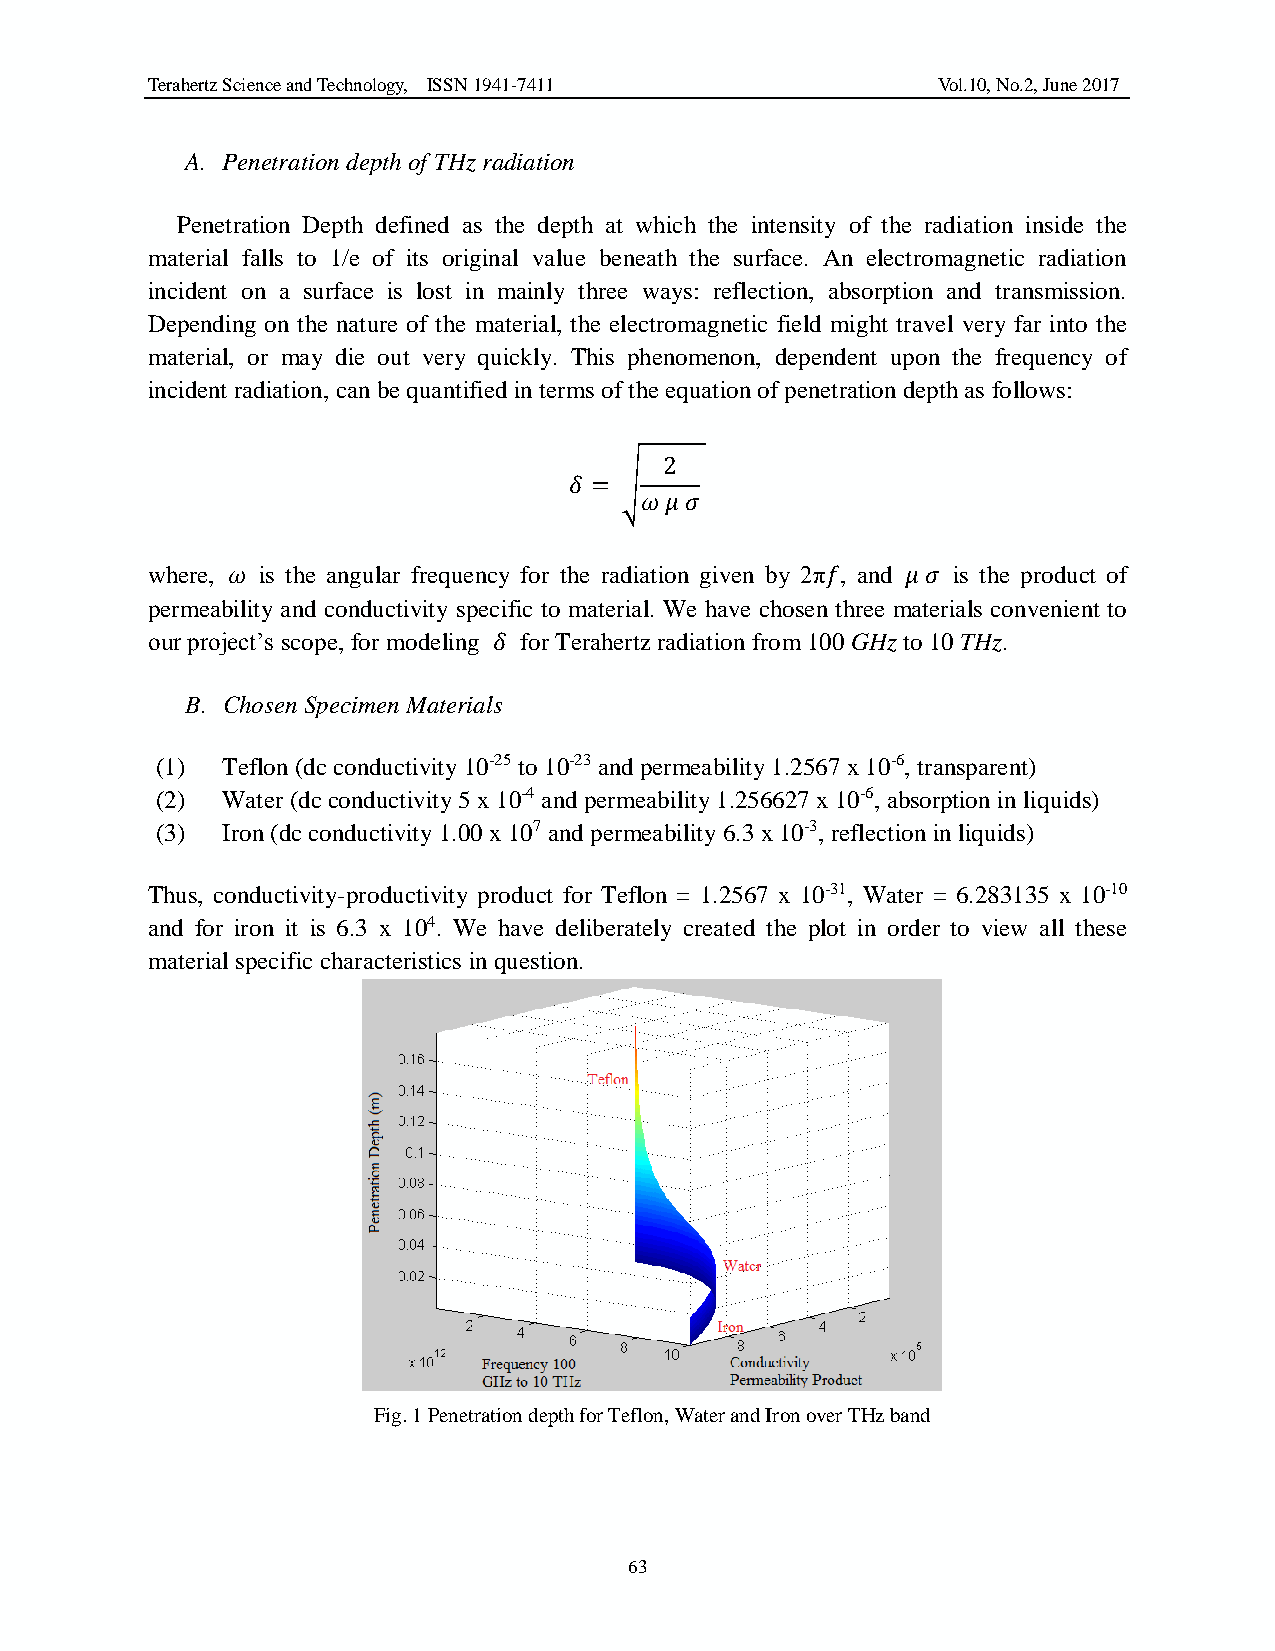
Terahertz Science and Technology, ISSN 1941-7411    Vol.10, No.2, June 2017
 A. Penetration depth of THz radiation
 Penetration Depth defined as the depth at which the intensity of the radiation inside the
 material falls to 1/e of its original value beneath the surface. An electromagnetic radiation
 incident on a surface is lost in mainly three ways: reflection, absorption and transmission.
 Depending on the nature of the material, the electromagnetic field might travel very far into the
 material, or may die out very quickly. This phenomenon, dependent upon the frequency of
 incident radiation, can be quantified in terms of the equation of penetration depth as follows:
 2
 𝛿 = √
 𝜔 𝜇 𝜎
 where, 𝜔 is the angular frequency for the radiation given by 2π𝑓, and 𝜇 𝜎 is the product of
 permeability and conductivity specific to material. We have chosen three materials convenient to
 our project’s scope, for modeling 𝛿 for Terahertz radiation from 100 GHz to 10 THz.
 B. Chosen Specimen Materials
 (1)  Teflon (dc conductivity 10-25 to 10-23 and permeability 1.2567 x 10-6, transparent)
 (2)  Water (dc conductivity 5 x 10-4 and permeability 1.256627 x 10-6, absorption in liquids)
 (3)  Iron (dc conductivity 1.00 x 107 and permeability 6.3 x 10-3, reflection in liquids)
 Thus, conductivity-productivity product for Teflon = 1.2567 x 10-31, Water = 6.283135 x 10-10
 and for iron it is 6.3 x 104. We have deliberately created the plot in order to view all these
 material specific characteristics in question.
 Fig. 1 Penetration depth for Teflon, Water and Iron over THz band
 63